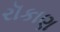
રૉકાણ